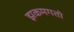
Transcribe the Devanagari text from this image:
झकमगतो